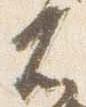
不